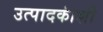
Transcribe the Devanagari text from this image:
उत्पादकांशी